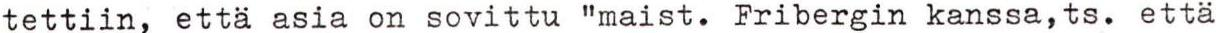
tettiin, että asia on sovittu "maist. Fribergin kanssa, ts. että